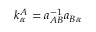
k _ { \alpha } ^ { A } = a _ { A B } ^ { - 1 } a _ { B \alpha }